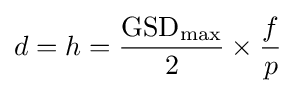
d=h={\frac {\mathrm {GSD_{max}} }{2}}\times {\frac {f}{p}}